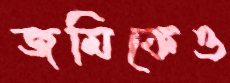
জমিকেও